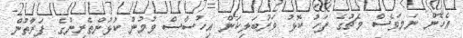
އެހެން ނަމަވެސް މެޗުގެ ފަހު ކޮޅު ވަރުބަލިކަން އިހުސާސް ވުމުން ކުޅުންތެރިންގެ ފަރާުތުން